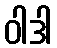
ဝါဒါ